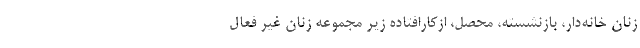
زنان خانه‌دار، بازنشسته، محصل، ازکارافتاده زیر مجموعه زنان غیر فعال